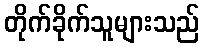
တိုက်ခိုက်သူများသည်